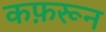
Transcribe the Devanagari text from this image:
कफ़रून